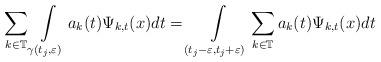
LaTeX: \begin{align*}\sum_{k\in\mathbb{T}}\int\limits_{\gamma(t_{j},\varepsilon)}a_{k}(t)\Psi_{k,t}(x)dt=\int\limits_{(t_{j}-\varepsilon,t_{j}+\varepsilon)}\sum_{k\in\mathbb{T}}a_{k}(t)\Psi_{k,t}(x)dt\end{align*}